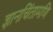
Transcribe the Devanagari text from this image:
ज्ञानचिंतामणि